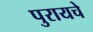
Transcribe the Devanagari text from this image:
पुरायचे